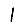
Digit: 1